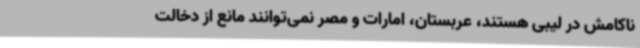
ناکامش در لیبی هستند، عربستان، امارات و مصر نمی‌توانند مانع از دخالت